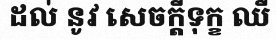
ដល់ នូវ សេចក្តីទុក្ខ ឈឺ